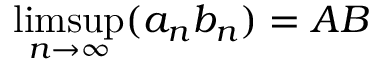
\operatorname* { l i m s u p } _ { n \to \infty } ( a _ { n } b _ { n } ) = A B